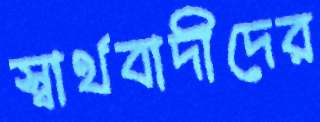
স্বার্থবাদীদের